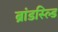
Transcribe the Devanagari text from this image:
ब्रांडस्ल्डि